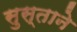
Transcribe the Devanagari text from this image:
सुस्ताने